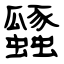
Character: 瓥